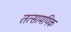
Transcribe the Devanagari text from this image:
तत्सामयिक